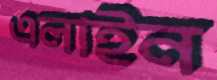
এলাইন